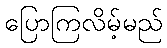
ပြောကြလိမ့်မည်